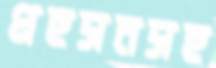
প্রহসনসহ